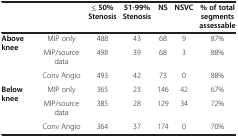
| <COLSPAN=2>  | ≤ 50% Stenosis | 51-99% Stenosis | NS | NSVC | % of total segments assessable |
 | --- | --- | --- | --- | --- | --- | --- |
 | <ROWSPAN=3> Above knee | MIP only | 488 | 43 | 68 | 9 | 87% |
 | MIP/source data | 498 | 39 | 68 | 3 | 88% |
 | Conv Angio | 493 | 42 | 73 | 0 | 88% |
 | <ROWSPAN=3> Below knee | MIP only | 365 | 23 | 146 | 42 | 67% |
 | MIP/source data | 385 | 28 | 129 | 34 | 72% |
 | Conv Angio | 364 | 37 | 174 | 0 | 70% |